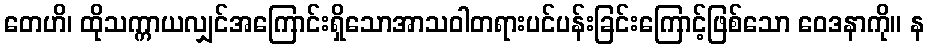
တေဟိ၊ ထိုသက္ကာယလျှင်အကြောင်းရှိသောအာသဝါတရားပင်ပန်းခြင်းကြောင့်ဖြစ်သော ဝေဒနာကို။ န